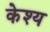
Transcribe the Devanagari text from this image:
केश्य